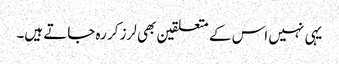
یہی نہیں اس کے متعلقین بھی لرز کر رہ جاتے ہیں۔